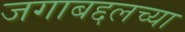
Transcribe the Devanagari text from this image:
जगाबद्दलच्या